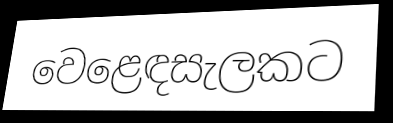
වෙළෙඳසැලකට